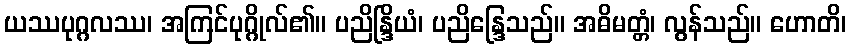
ယဿပုဂ္ဂလဿ၊ အကြင်ပုဂ္ဂိုလ်၏။ ပညိန္ဒြိယံ၊ ပညိန္ဒြေသည်။ အဓိမတ္တံ၊ လွန်သည်။ ဟောတိ၊